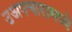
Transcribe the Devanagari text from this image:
उअपचारामध्ये